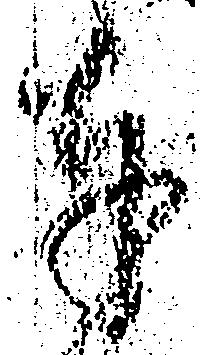
奉